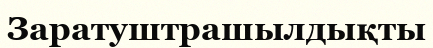
Заратуштрашылдықты